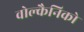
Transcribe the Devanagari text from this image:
वोल्कैनिको